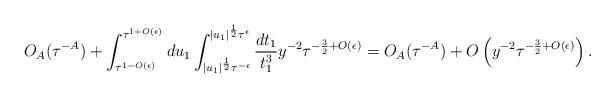
LaTeX: \begin{align*} O_A(\tau^{-A}) + \int_{\tau^{1-O(\epsilon)}}^{\tau^{1 + O(\epsilon)}} du_1 \int_{|u_1|^{\frac{1}{2}}\tau^{-\epsilon}}^{|u_1|^{\frac{1}{2}} \tau^\epsilon} \frac{dt_1}{t_1^3} y^{-2} \tau^{-\frac{3}{2} + O(\epsilon)}= O_A(\tau^{-A}) + O\left(y^{-2} \tau^{-\frac{3}{2} + O(\epsilon)}\right).\end{align*}